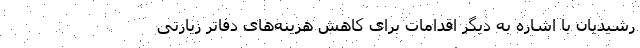
رشیدیان با اشاره به دیگر اقدامات برای کاهش هزینه‌های دفاتر زیارتی